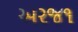
અરજ૧